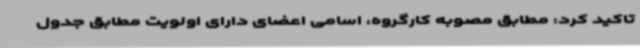
تاکید کرد: مطابق مصوبه کارگروه، اسامی اعضای دارای اولویت مطابق جدول